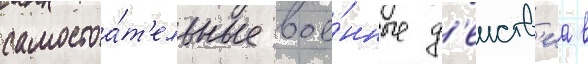
самостоа́т'ельные вое́нные д'еиств'иа в